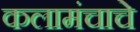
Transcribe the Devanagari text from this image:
कलामंचाचे